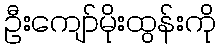
ဦးကျော်မိုးထွန်းကို